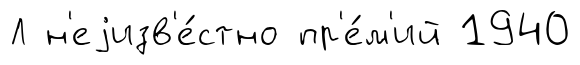
Л н'еjизв'е́стно пр'е́м'ий 1940